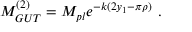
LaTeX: M _ { G U T } ^ { ( 2 ) } = M _ { p l } e ^ { - k ( 2 y _ { 1 } - \pi \rho ) } ~ . ~ \,